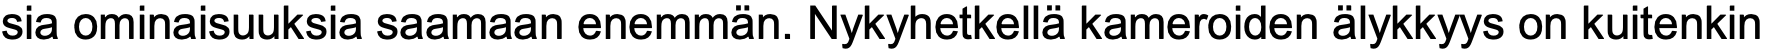
sia ominaisuuksia saamaan enemmän. Nykyhetkellä kameroiden älykkyys on kuitenkin